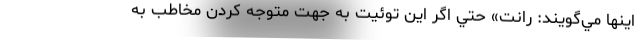
اينها مي‌گويند: رانت» حتي اگر اين توئيت به جهت متوجه کردن مخاطب به